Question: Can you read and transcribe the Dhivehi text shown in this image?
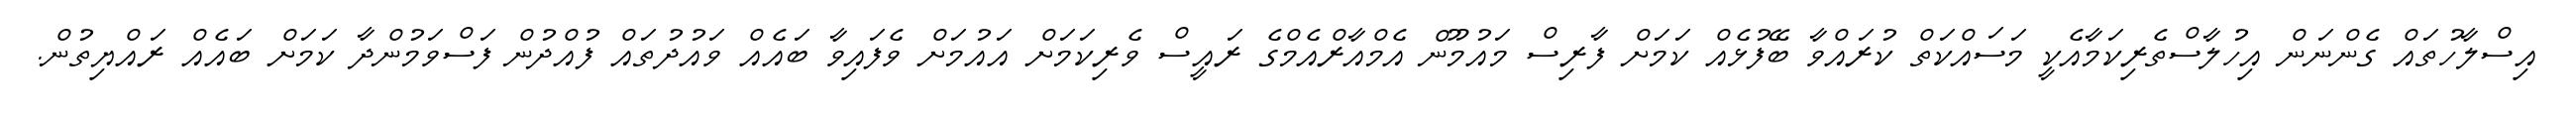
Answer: އިސްލާހުތައް ގެންނަން އިހުލާސްތެރިކަމާއެކީ މަސައްކަތް ކުރައްވާ ބޭފުޅެއް ކަމަށް ފާރިސް މައުމޫން އެމްއާރްއެމްގެ ރައީސް ވެރިކަމަށް އައުމަށް ވެފައިވާ ބައެއް ވައުދުތައް ފުއްދުން ފަސްވަމުންދާ ކަމަށް ބައެއް ރައްޔިތުން.